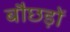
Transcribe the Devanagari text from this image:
बौछड़ों